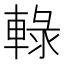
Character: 𨌠